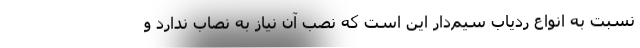
نسبت به انواع ردیاب سیم‌دار این است که نصب آن نیاز به نصاب ندارد و